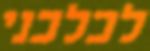
לכלכני